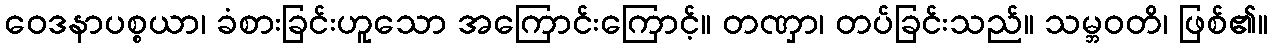
ဝေဒနာပစ္စယာ၊ ခံစားခြင်းဟူသော အကြောင်းကြောင့်။ တဏှာ၊ တပ်ခြင်းသည်။ သမ္ဘဝတိ၊ ဖြစ်၏။